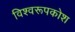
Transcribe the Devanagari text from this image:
विश्वरूपकोश